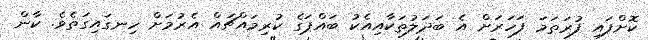
ކޮށްފައި ފުރަތަމަ ފަހަރަށް އެ ބަދަލުތަކާއިއެކު ބައްޕަގެ ކުރިމައްޗައް އެރުމަށް ހިނގައިގަތެވެ. ކާން